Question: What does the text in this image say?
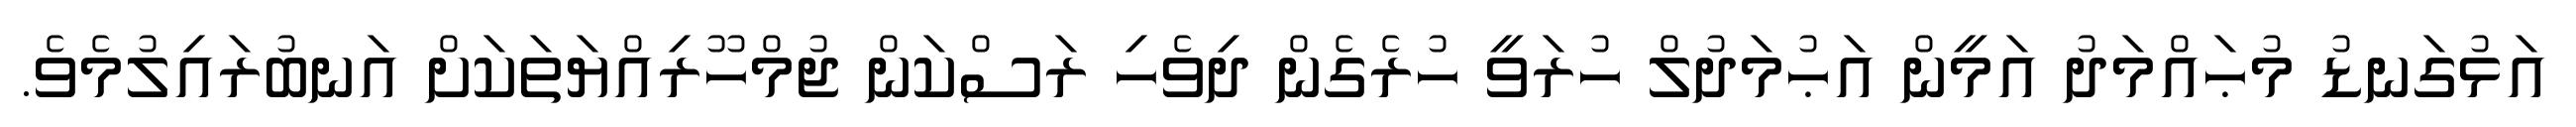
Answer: އަޅުގަނޑު މުޙައްމަދު އަމީން އަޙުމަދުލް ހުރަވީ ހުރެގެން ދިވެހި ރަސްކަން ޖުމްހޫރިއްޔަތަކަށް އަނބުރައިލުމެވެ.